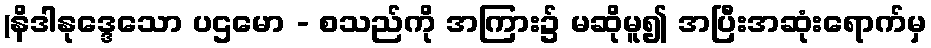
(နိဒါနုဒ္ဒေသော ပဌမော - စသည်ကို အကြား၌ မဆိုမူ၍ အပြီးအဆုံးရောက်မှ